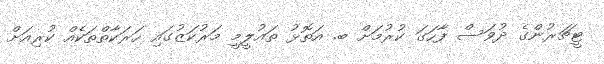
ޓީޗަރުންގެ ދުވަސް ފާހަގަ ކުރުމަށް ބ. އަތޮޅު ތައުލީމީ މަރުކަޒުގައި ހަރަކާތްތަކެއް ކުރިއަށް